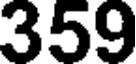
359